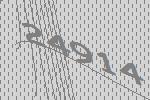
24914